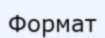
Формат